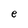
Character: e